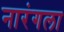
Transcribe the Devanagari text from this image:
नारंगला